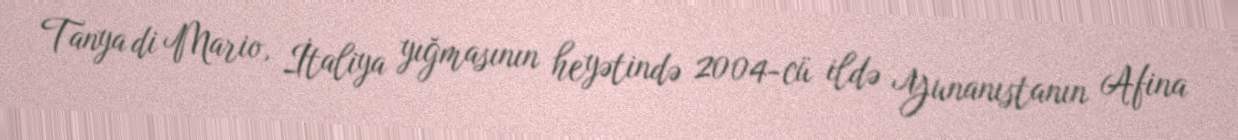
Tanya di Mario, İtaliya yığmasının heyətində 2004-cü ildə Yunanıstanın Afina